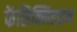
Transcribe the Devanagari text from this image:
फेंसिक्लिडाइन